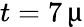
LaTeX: t=7\, \upmu